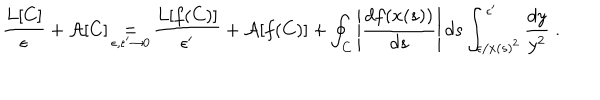
LaTeX: \frac { L [ C ] } { \epsilon } + \mathcal { A } [ C ] \mathop { = } _ { \epsilon , \epsilon ^ { \prime } \to 0 } \frac { L [ f ( C ) ] } { \epsilon ^ { \prime } } + \mathcal { A } [ f ( C ) ] + \oint _ { C } \left| \frac { d f ( x ( s ) ) } { d s } \right| d s \int _ { \epsilon / x ( s ) ^ { 2 } } ^ { \epsilon ^ { \prime } } \frac { d y } { y ^ { 2 } } \; .